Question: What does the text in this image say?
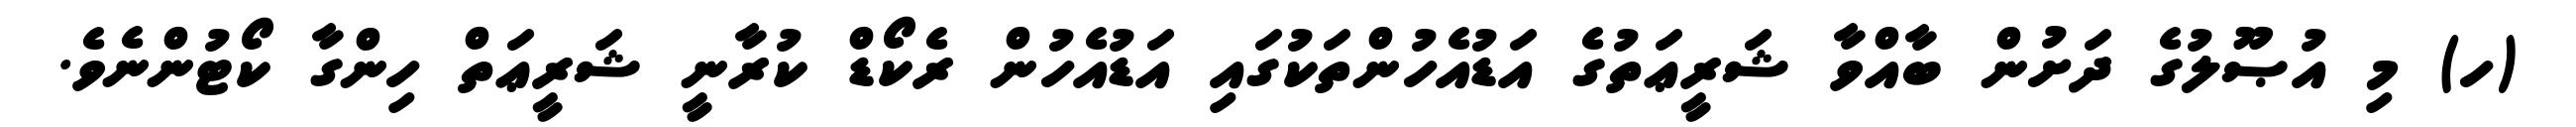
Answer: (ހ) މި އުޞޫލުގެ ދަށުން ބާއްވާ ޝަރީޢަތުގެ އަޑުއެހުންތަކުގައި އަޑުއެހުން ރެކޯޑް ކުރާނީ ޝަރީޢަތް ހިންގާ ކޯޓުންނެވެ.